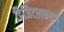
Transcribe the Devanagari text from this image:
डिजिटलकरण